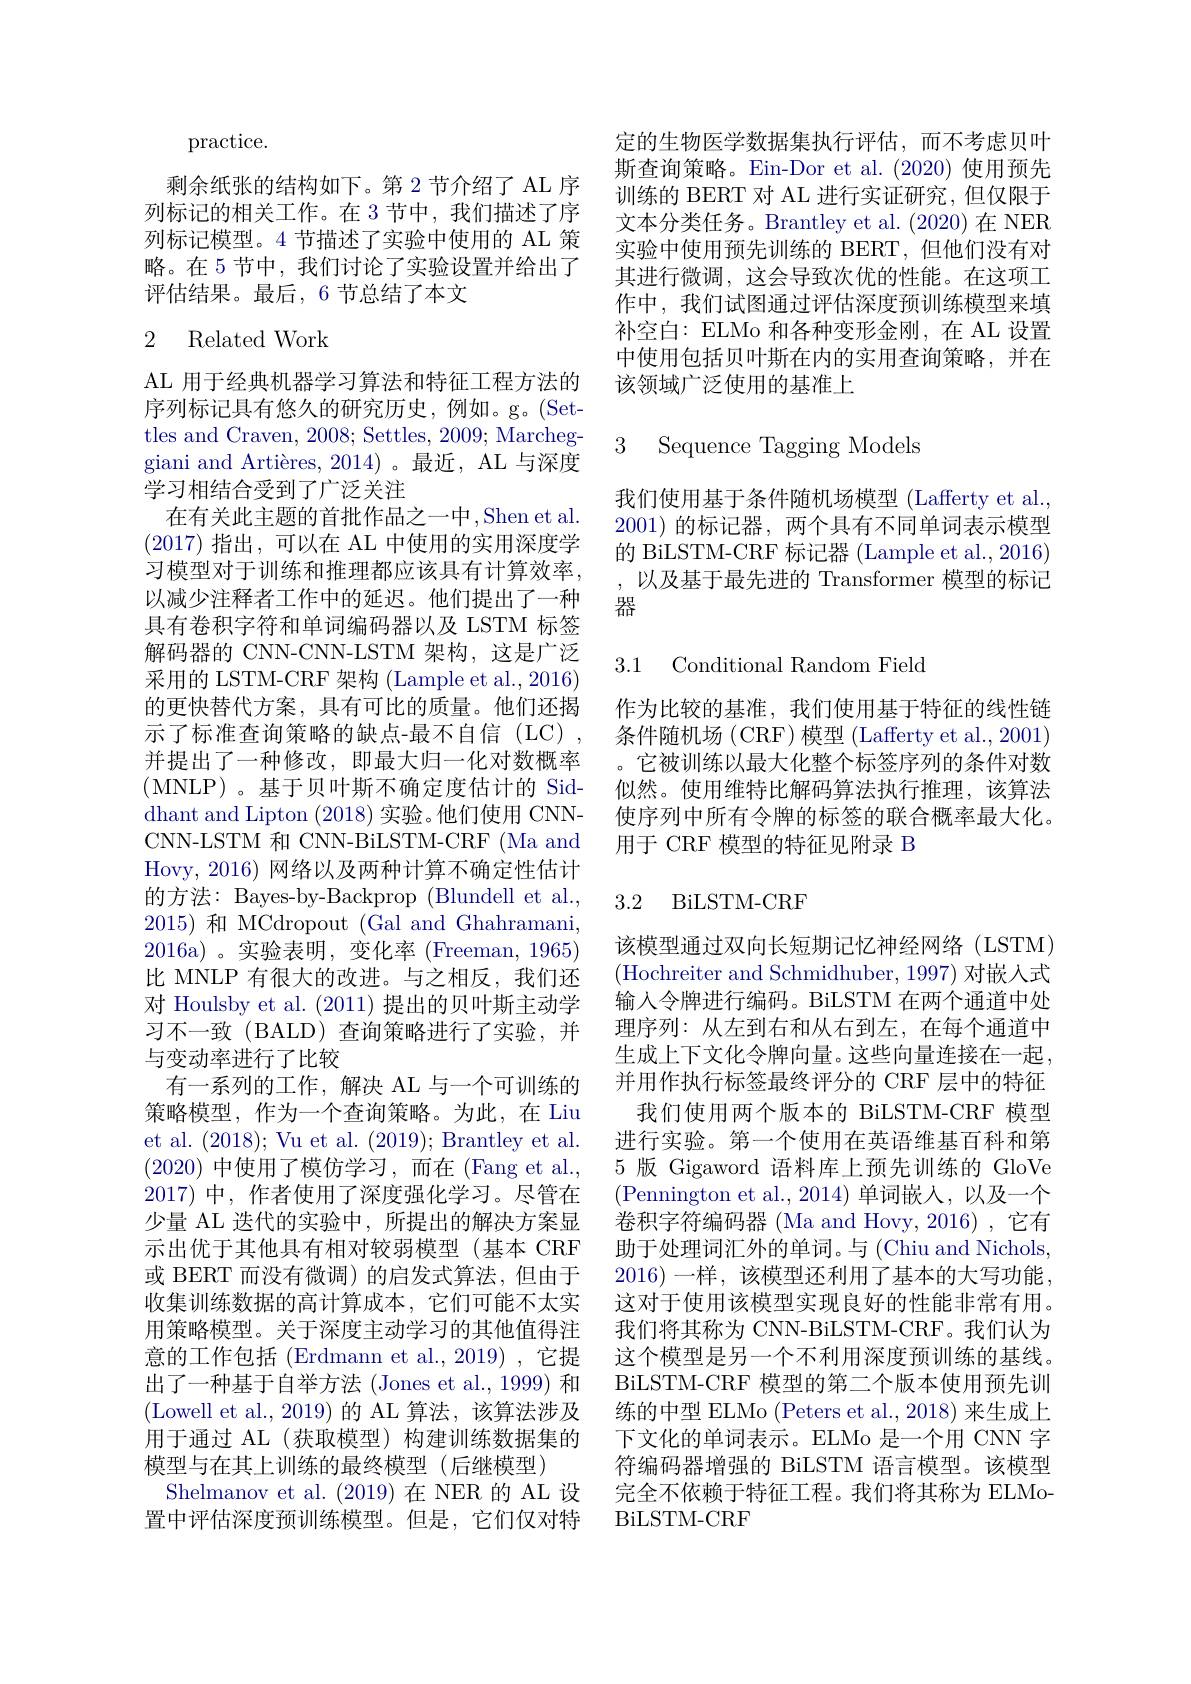
practice.
剩余纸张的结构如下。第 2 节介绍了 AL 序列标记的相关工作。在 3 节中，我们描述了序列标记模型。4 节描述了实验中使用的 AL 策略。在 5 节中，我们讨论了实验设置并给出了评估结果。最后，6节总结了本文

## 2 Related Work

AL 用于经典机器学习算法和特征工程方法的序列标记具有悠久的研究历史，例如。g。(Set-) tles and Craven, 2008; Settles, 2009; Marcheggiani and Artières, 2014)。最近，AL 与深度学习相结合受到了广泛关注
在有关此主题的首批作品之一中，Shen et al. (2017)指出，可以在 AL 中使用的实用深度学习模型对于训练和推理都应该具有计算效率， 以减少注释者工作中的延迟。他们提出了一种具有卷积字符和单词编码器以及 LSTM 标签解码器的 CNN-CNN-LSTM 架构，这是广泛${\text{采用的 LSTM-CRF 架构 (Lample et al.,2016)}}$ 的更快替代方案，具有可比的质量。他们还揭示了标准查询策略的缺点-最不自信(LC), 并提出了一种修改，即最大归一化对数概率(MNLP)。基于贝叶斯不确定度估计的 Siddhant and Lipton ( 2018) 实 验 。他 们 使 用 CNN- CNN-LSTM 和 CNN-BiLSTM-CRF (Ma and Hovy, 2016) 网络以及两种计算不确定性估计的方法：Bayes-by-Backprop (Blundell et al., 2015)和 MCdropout (Gal and Ghahramani, 2016a)。实验表明，变化率(Freeman,1965) 比 MNLP 有很大的改进。与之相反，我们还对 Houlsby et al. (2011)提出的贝叶斯主动学习不一致(BALD)查询策略进行了实验，并与变动率进行了比较
有一系列的工作，解决 AL 与一个可训练的策略模型，作为一个查询策略。为此，在 Liu et al. (2018); Vu et al. (2019); Brantley et al. (2020)中使用了模仿学习，而在 (Fang et al., 2017)中，作者使用了深度强化学习。尽管在少量 AL 迭代的实验中，所提出的解决方案显示出优于其他具有相对较弱模型(基本 CRF 或 BERT 而没有微调) 的启发式算法，但由于收集训练数据的高计算成本，它们可能不太实用策略模型。关于深度主动学习的其他值得注意的工作包括 (Erdmann et al., 2019) , 它提出了一种基于自举方法 (Jones et al., 1999) 和(Lowell et al.,2019)的 AL 算法，该算法涉及用于通过 AL(获取模型)构建训练数据集的模型与在其上训练的最终模型(后继模型)
Shelmanov et al. (2019)在 NER 的 AL 设置中评估深度预训练模型。但是，它们仅对特

定的生物医学数据集执行评估，而不考虑贝叶斯查询策略。Ein-Dor et al.(2020) 使用预先训练的 BERT 对 AL 进行实证研究，但仅限于文本分类任务。Brantley et al. (2020) 在 NER 实验中使用预先训练的 BERT,但他们没有对其进行微调，这会导致次优的性能。在这项工作中，我们试图通过评估深度预训练模型来填补空白：ELMo 和各种变形金刚，在 AL 设置中使用包括贝叶斯在内的实用查询策略，并在该领域广泛使用的基准上

3 Sequence Tagging Models

我们使用基于条件随机场模型 (Lafferty et al. 2001)的标记器，两个具有不同单词表示模型的 BiLSTM-CRF 标记器 (Lample et al., 2016) ,以及基于最先进的 Transformer 模型的标记器

3.1 Conditional Random Field

作为比较的基准，我们使用基于特征的线性链条件随机场 (CRF) 模型 (Lafferty et al., 2001) 它被训练以最大化整个标签序列的条件对数似然。使用维特比解码算法执行推理，该算法使序列中所有令牌的标签的联合概率最大化。用于 CRF 模型的特征见附录 B

### 3.2 BiLSTM-CRF

该模型通过双向长短期记忆神经网络(LSTM) (Hochreiter and Schmidhuber, 1997) 对嵌人式输入令牌进行编码。BiLSTM 在两个通道中处理序列：从左到右和从右到左，在每个通道中生成上下文化令牌向量。这些向量连接在一起， 并用作执行标签最终评分的 CRF 层中的特征
我们使用两个版本的 BiLSTM-CRF 模型进行实验。第一个使用在英语维基百科和第5 版 Gigaword 语料库上预先训练的 GloVe (Pennington et al.,2014)单词嵌入，以及一个卷积字符编码器 (Ma and Hovy, 2016) , 它有助于处理词汇外的单词。与 (Chiu and Nichols, 2016)一样，该模型还利用了基本的大写功能这对于使用该模型实现良好的性能非常有用。我们将其称为 CNN-BiLSTM-CRF。我们认为这个模型是另一个不利用深度预训练的基线。BiLSTM-CRF 模型的第二个版本使用预先训练的中型 ELMo (Peters et al., 2018) 来生成上下文化的单词表示。ELMo 是一个用 CNN 字符编码器增强的 BiLSTM 语言模型。该模型完全不依赖于特征工程。我们将其称为 ELMoBiLSTM- CRF